Annual statistical returns and brief notes on vaccination in Bengal - 1887-1898
Year: 1887
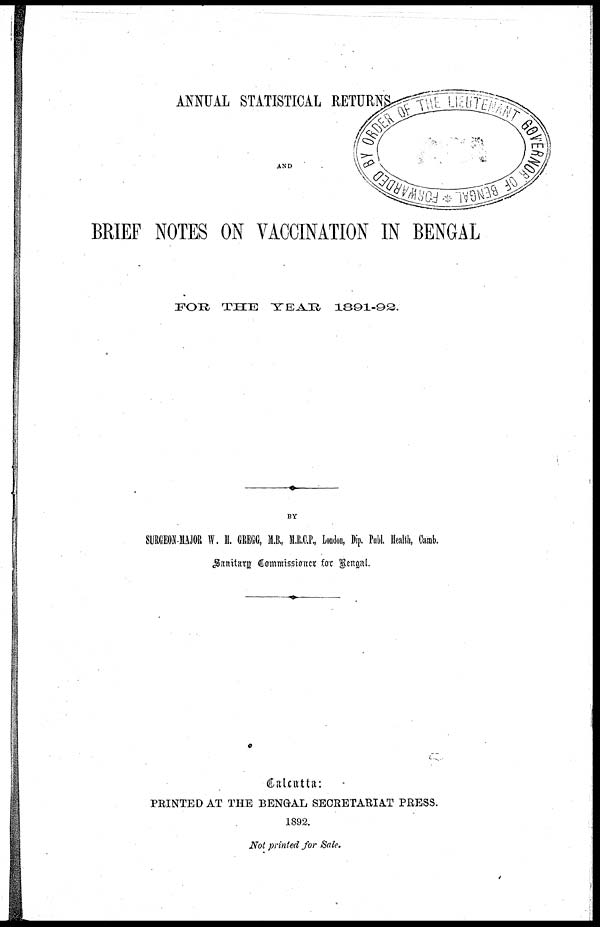
ANNUAL STATISTICAL RETURNS
AND
BRIEF NOTES ON VACCINATION IN BENGAL
FOR
THE
YEAR
1891-92.
BY
SURGEON-MAJOR W. H. GREGG, M.B., M.R.C.P., London, Dip. Publ. Health, Camb.
Sanitary Commissioner for Bengal.
Calcutta:
PRINTED AT THE BENGAL SECRETARIAT PRESS.
1892.
Not printed for Sale.